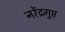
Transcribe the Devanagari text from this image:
नरेंद्रगुप्त